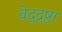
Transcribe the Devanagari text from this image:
वेद्द्रष्टा